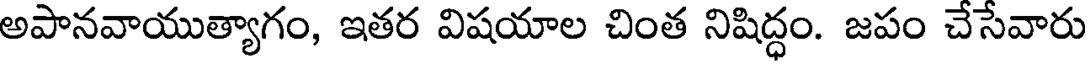
అపానవాయుత్యాగం, ఇతర విషయాల చింత నిషిద్ధం. జపం చేసేవారు